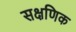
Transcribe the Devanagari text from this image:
सक्षणिक